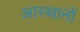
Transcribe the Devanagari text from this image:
आस्थानों